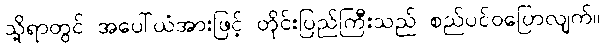
သို့ရာတွင် အပေါ်ယံအားဖြင့် တိုင်းပြည်ကြီးသည် စည်ပင်ဝပြောလျက်။